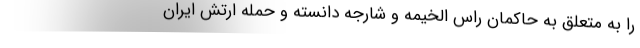
را به متعلق به حاکمان راس الخیمه و شارجه دانسته و حمله ارتش ایران